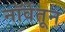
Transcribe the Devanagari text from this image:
नॉर्वेतून